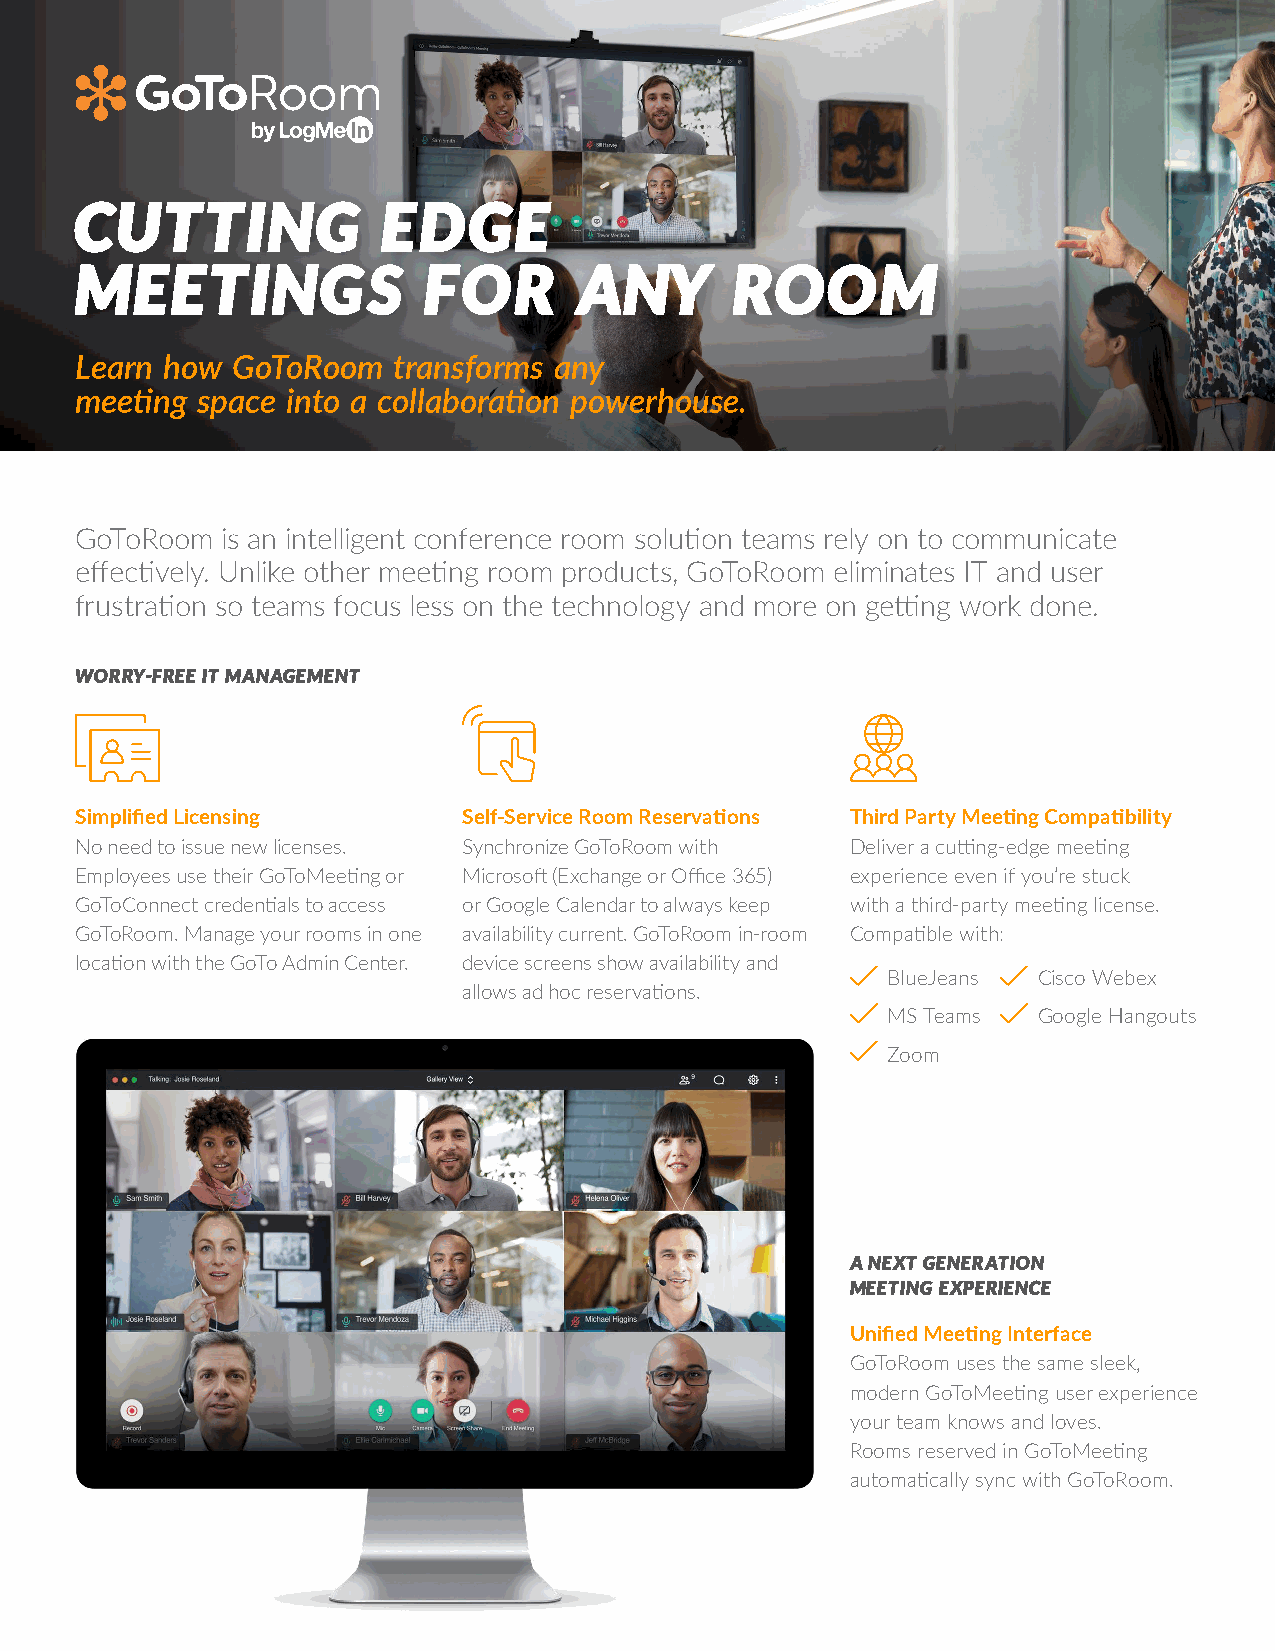
CUTTING             ED    GE
 MEETINGS               FOR       ANY        ROOM
 Learn how GoToRoom   transforms any
 meeting space into a collaboration powerhouse.
 GoToRoom  is an intelligent conference room solution teams rely on to communicate
 effectively. Unlike other meeting room products, GoToRoom eliminates IT and user
 frustration so teams focus less on the technology and more on getting work done.
 WORRY-FREE IT MANAGEMENT
 Simplified Licensing      Self-Service Room Reservations Third Party Meeting Compatibility
 No need to issue new licenses. Synchronize GoToRoom with Deliver a cutting-edge meeting
 Employees use their GoToMeeting or Microsoft (Exchange or Office 365) experience even if you’re stuck
 GoToConnect credentials to access or Google Calendar to always keep with a third-party meeting license.
 GoToRoom. Manage your rooms in one availability current. GoToRoom in-room Compatible with:
 location with the GoTo Admin Center. device screens show availability and
 BlueJeans Cisco Webex
 allows ad hoc reservations.
 MS Teams  Google Hangouts
 Zoom
 A NEXT GENERATION
 MEETING EXPERIENCE
 Unified Meeting Interface
 GoToRoom uses the same sleek,
 modern GoToMeeting user experience
 your team knows and loves.
 Rooms reserved in GoToMeeting
 automatically sync with GoToRoom.